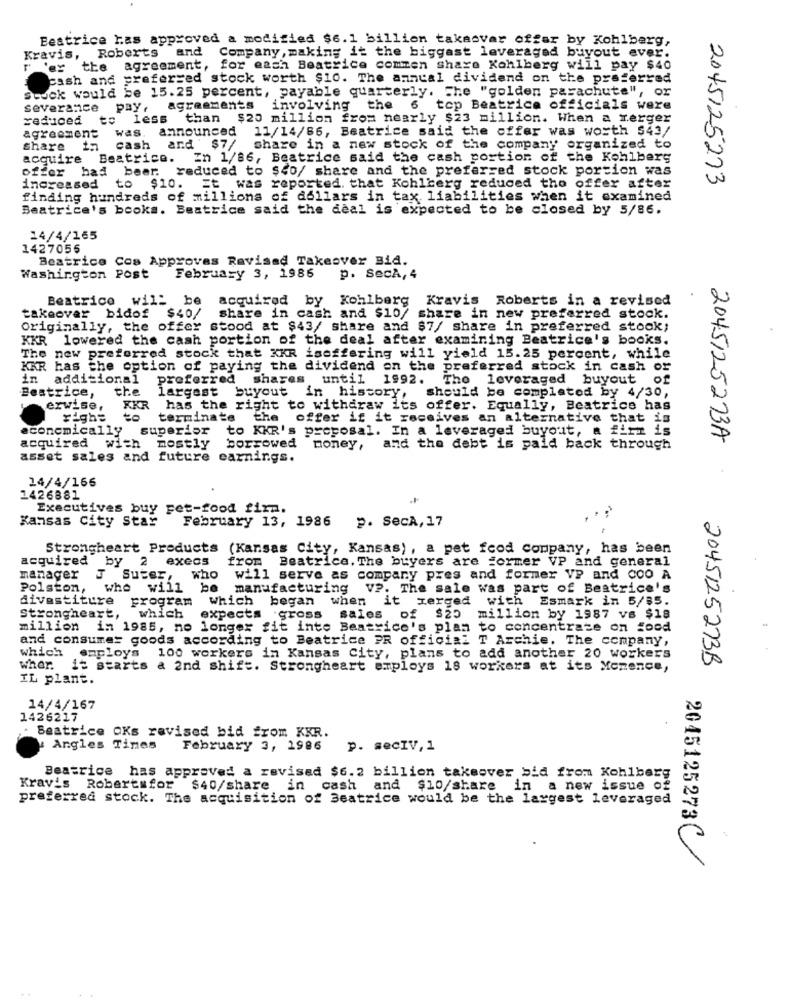
Beatrice Has approved a modified $6.1 billion takacvar offar by Kohlberg,
Kravis, Roberts and
Company , making it the biggest leveraged buyout ever.
r 'er the agreement, for each Beatrice comzen share Kohlberg will pay $40
cash and preferred stock worth $10. The annual dividend on the preferred
Stock would be 15.25 percent, payable quarterly. The "golden parachute", or
Severance Pay.
agreements involving
the 6 top Beatrice officials were
reduced to less than $20 million from nearly $23 million. When a merger
was.
announced
11/14/86, Beatrice said the offer was worth $43/
agreement
cash and $7/ share in a new stock of the company organized to
acquire Beatrice. In 1/86, Beatrice said the cash portion of the Kohlberg
offer had been reduced to $40/ share and the preferred stock portion was
2045125273
increased
to $10.
Et was reported that Kohlberg reduced tho offer after
finding hundreds of millions of dollars in tax liabilities when it examined
Beatrice's books. Beatrice said the deal is expected to be closed by 5/86.
14/4/165
1427056
Beatrice Cos Approves Ravisad Takeover Bid.
Washington Post
February 3, 1986
p. SecA, 4
Beatrice
will be acquired by Kohlberg Kravis Roberts in a revised
takeover bidof $40/
share in cash and $10/ share in new preferred stock.
Originally, the offer stood at $43/ share and $7/ share in preferred stock;
KKR
lowered the cash portion of the deal after examining Beatrice's books.
The new preferred stock that XKR isoffering will yield 15.25 percent, while
KKR has the option of paying the dividend on the preferred stock in cash or
in additional
preferred shares until 1992.
The leveraged buyout of
the
Beatrice,
largest buyout in history,
should be completed by 4/30,
erwise, XKR
XKR has the right to withdraw its offer. Equally, Beatrice has
to
terminate
the offer if it receives an alternative that is
aconcmically
superior to KKR's
proposal. In a leveraged buyout, a firm is
2045125273A
acquired with mostly
borrowed
money ,
and the debt is paid back through
asset sales and future earnings.
14/4/166
1426881
Executives buy pet-food firn.
Kansas City Star
February 13, 1986
p. SecA, 17
Strongheart Products (Kansas City,
Kansas) , a pet food company, has been
acquired by 2 execs
from Beatrice. The buyers are former VP and general
manager
T Suter, who
will serve as company pres and former VP and COO A
Polston,
who will
manufacturing
VP. The sale was part of Beatrice's
divestiture
program
which
began when it merged with Esmark in 5/85.
Strongheart,
which
expects gross sales of $25 million by 1987 vs $18
million
in 1985, no longer fit inte Beatrice's plan to concentrate on food
and consumer goods according to Beatrice PR official T Archie. The company,
which
employs
100 workers in Kansas City, plans to add another 20 workers
wher.
it starts a 2nd shift. Strongheart employs 18 workers at its Monence,
2045125273B
IL plant.
14/4/167
1426217
Beatrice OKs ravised bid from KKR.
Angles Tines
February 3, 1986
p. secIV, 1
Beatrice has approved a revised $6.2 billion takeover bid from Kohlberg
Kravis Robertsfor $40/share in cash and $10/share in a new issue of
preferred stock. The acquisition of Beatrice would be the largest leveraged
2045125273(/